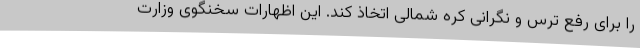
را برای رفع ترس و نگرانی کره شمالی اتخاذ کند. این اظهارات سخنگوی وزارت